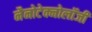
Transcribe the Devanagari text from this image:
नैनोटेक्नोलॉजी